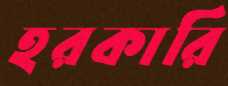
হরকারি